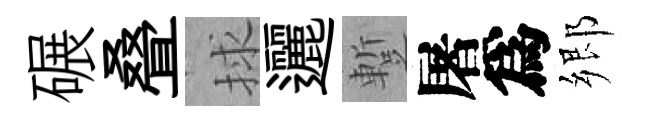
碾叠捄邐蹔屠爲郷